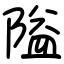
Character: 隘